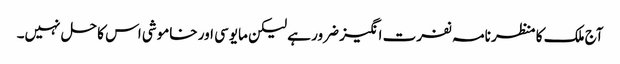
آج ملک کا منظر نامہ نفرت انگیز ضرور ہے لیکن مایوسی اور خاموشی اس کا حل نہیں۔